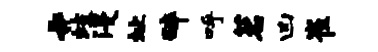
#歧浸址碎呼茗凶崔